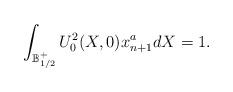
LaTeX: \begin{align*}\int_{\mathbb B_{1/2}^+} U_0^2(X, 0)x_{n+1}^a dX=1.\end{align*}